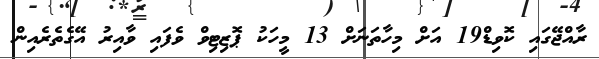
ރާއްޖޭގައި ކޮވިޑް19 އަށް މިހާތަނަށް 13 މީހަކު ޕޮޒިޓިވް ވެފައި ވާއިރު އޭގެތެރެއިން